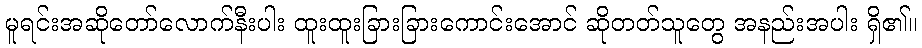
မူရင်းအဆိုတော်လောက်နီးပါး ထူးထူးခြားခြားကောင်းအောင် ဆိုတတ်သူတွေ အနည်းအပါး ရှိ၏။